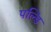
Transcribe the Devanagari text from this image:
पल्डि